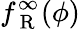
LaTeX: f_{\mathrm{~R~}}^{\infty}(\phi)